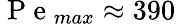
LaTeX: \mathrm{~P~e~}_{max}\approx 390